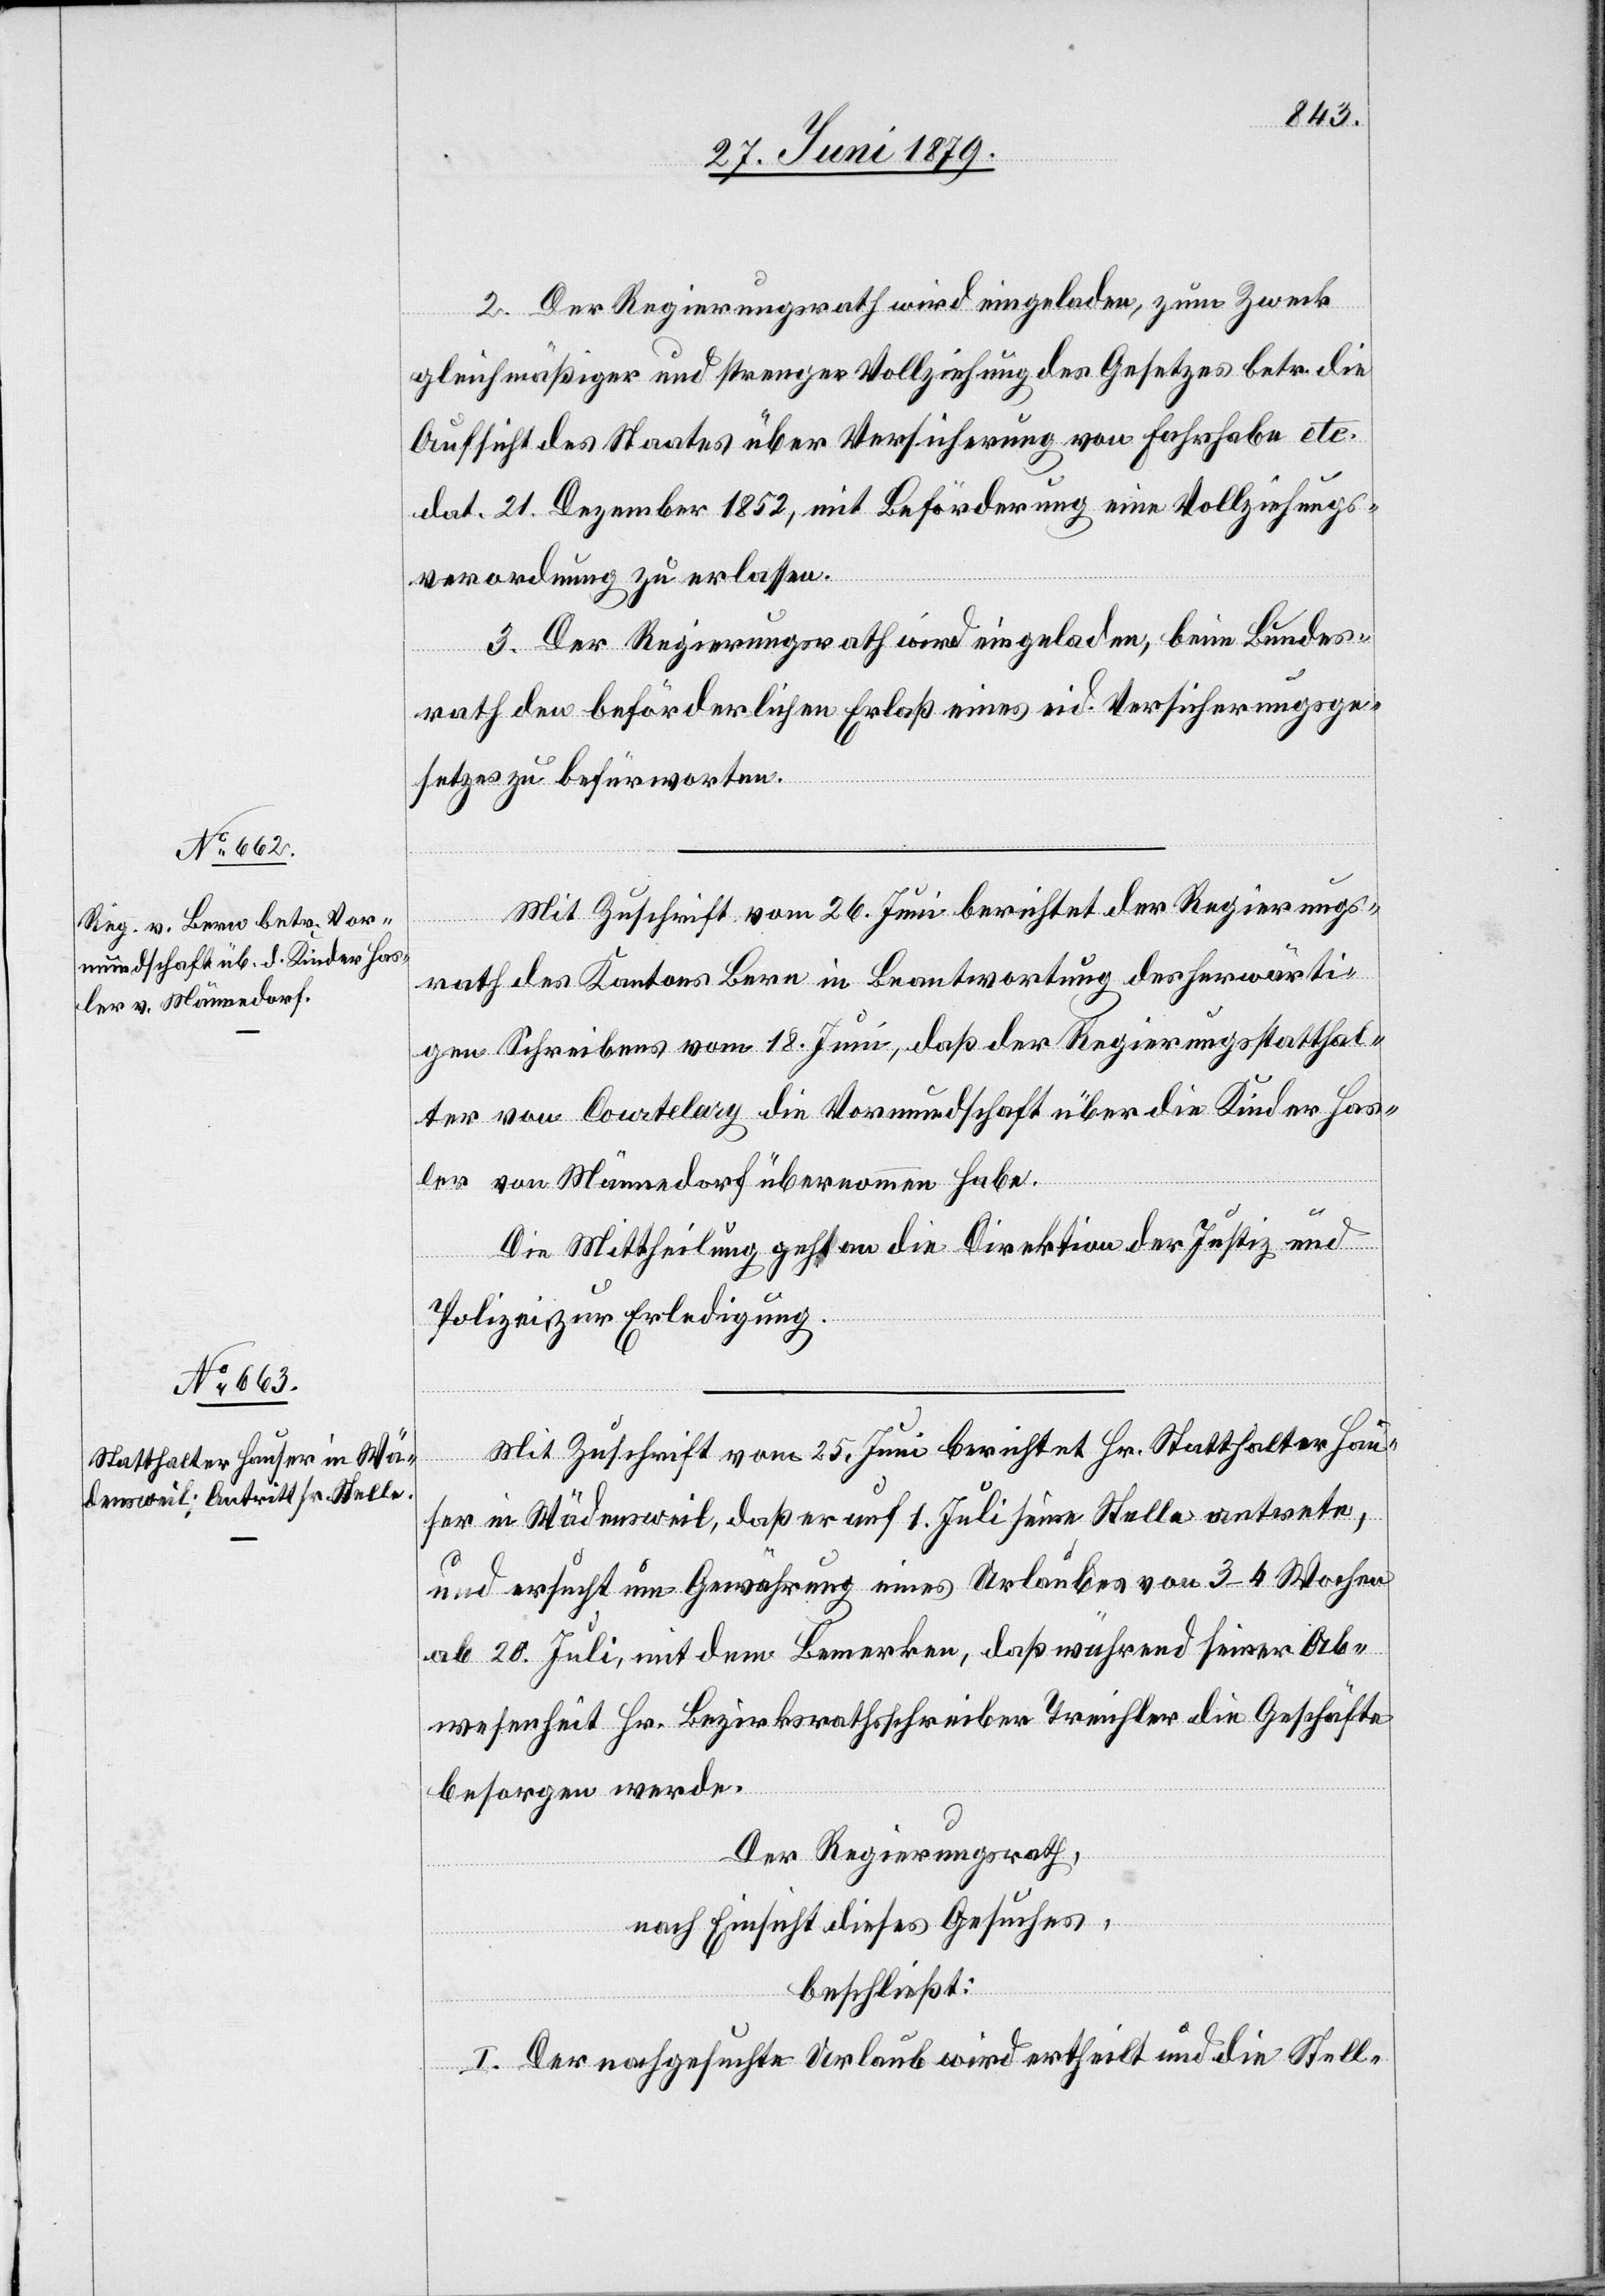
2. Der Regierungsrath wird eingeladen, zum Zweck
gleichmäßiger und strenger Vollziehung des Gesetzes betr. die
Aufsicht des Staates über Versicherung von Fahrhabe etc.
dat. 21. Dezember 1852, mit Beförderung eine Vollziehungs¬
verordnung zu erlassen.
3. Der Regierungsrath wird eingeladen, beim Bundes¬
rath den beförderlichen Erlaß eines eid. Versicherungsge¬
setzes zu befürworten.
Mit Zuschrift vom 26. Juni berichtet der Regierungs¬
rath des Kantons Bern in Beantwortung des herwärti¬
gen Schreibens vom 18. Juni, daß der Regierungsstatthal¬
ter von Courtelary die Vormundschaft über die Kinder Has¬
ler von Männedorf übernommen habe.
Die Mittheilung geht an die Direktion der Justiz und
Polizei zur Erledigung.
Mit Zuschrift vom 25. Juni berichtet Hr. Statthalter Hau¬
ser in Wädensweil, daß er auf 1. Juli seine Stelle antrete,
und ersucht um Gewährung eines Urlaubes von 3–4 Wochen
ab 20. Juli, mit dem Bemerken, daß während seiner Ab¬
wesenheit Hr. Bezirksrathsschreiber Treichler die Geschäfte
besorgen werde.
Der Regierungsrath,
nach Einsicht dieses Gesuches,
beschließt:
I. Der nachgesuchte Urlaub wird ertheilt und die Stell-